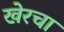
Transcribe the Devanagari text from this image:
खेरचा